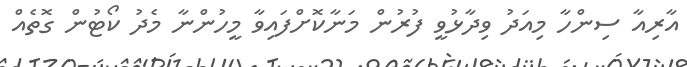
އާރިއާ ސިންހާ މިއަދު ވިދާޅުވީ ފުރުން މަނާކޮށްފައިވާ މީހުންނާ މެދު ކޯޓުން ގޮތެއް